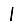
Digit: 1